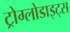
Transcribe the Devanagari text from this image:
ट्रोग्लोडाइट्स